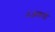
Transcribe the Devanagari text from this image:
३आकडी